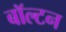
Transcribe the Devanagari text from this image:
बॉल्टन